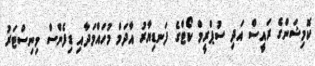
ކޮމިޝަންގެ ރައީސް އަދި ސުޕްރީމް ކޯޓްގެ ފަނޑިޔާރު އާދަމް މުހައްމަދާއި ޑިފެންސް މިނިސްޓަރު